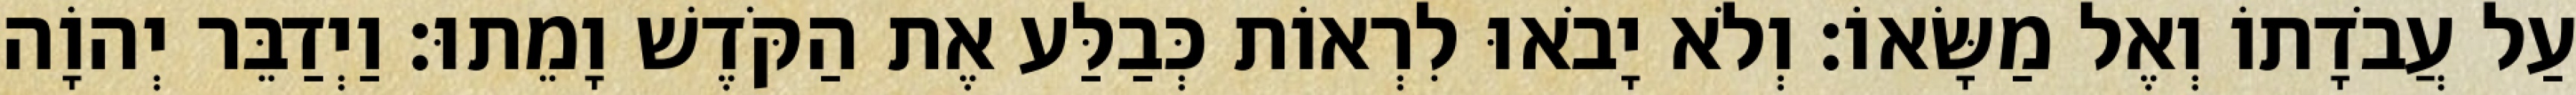
עַל עֲבֹדָתוֹ וְאֶל מַשָּׂאוֹ׃ וְלֹא יָבֹאוּ לִרְאוֹת כְּבַלַּע אֶת הַקֹּדֶשׁ וָמֵתוּ׃ וַיְדַבֵּר יְהוָֹה